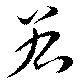
谷